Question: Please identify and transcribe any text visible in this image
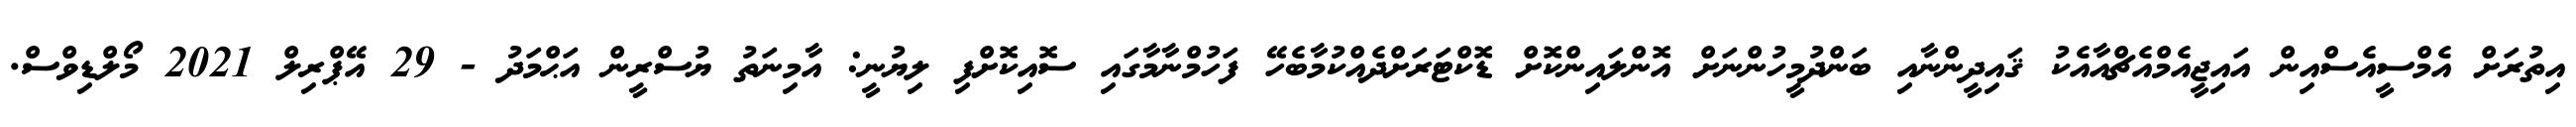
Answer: އިތުރަށް އެމްސީއެސްއިން އައިޖީއެމްއެޗްއާއެކު ޤައިދީންނާއި ބަންދުމީހުންނަށް އޮންލައިންކޮށް ޑޮކްޓަރަށްދެއްކުމާބެހޭ ފަހުމްނާމާގައި ސޮއިކޮށްފި ލިޔުނީ: އާމިނަތު ޔުސްރީން އަޙްމަދު - 29 އޭޕްރިލް 2021 މޯލްޑިވްސް.